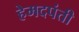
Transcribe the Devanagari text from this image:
हेमदपंती